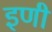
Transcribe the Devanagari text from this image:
इणी